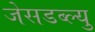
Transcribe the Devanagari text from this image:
जेसडब्ल्यु